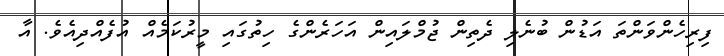
ފިރިހެންވަންތަ އަޑުން ބުނެލި ދެތިން ޖުމްލައިން އަހަރެންގެ ހިތުގައި މީރުކަމެއް އުފެއްދިއެވެ. އާ